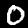
Label: 0